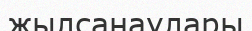
жылсанаулары